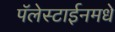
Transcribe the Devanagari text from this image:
पॅलेस्टाईनमधे